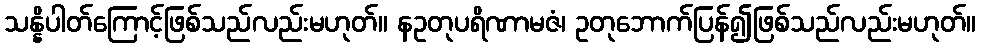
သန္နိပါတ်ကြောင့်ဖြစ်သည်လည်းမဟုတ်။ နဥတုပရိဏာမဇံ၊ ဥတုဘောက်ပြန်၍ဖြစ်သည်လည်းမဟုတ်။